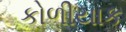
કોળીયાક